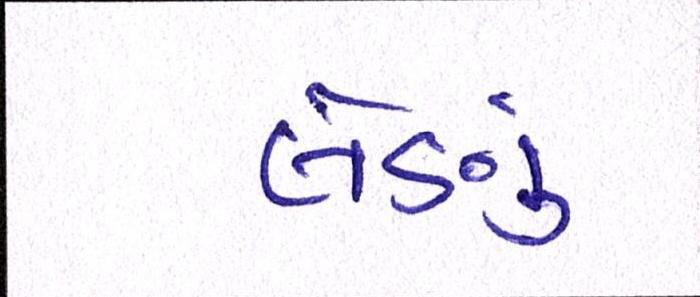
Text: લેણું